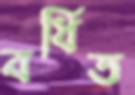
বর্ধিত